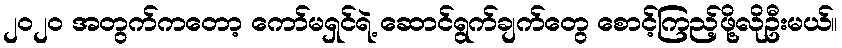
၂၀၂၀ အတွက်ကတော့ ကော်မရှင်ရဲ့ ဆောင်ရွက်ချက်တွေ စောင့်ကြည့်ဖို့လိုဦးမယ်။